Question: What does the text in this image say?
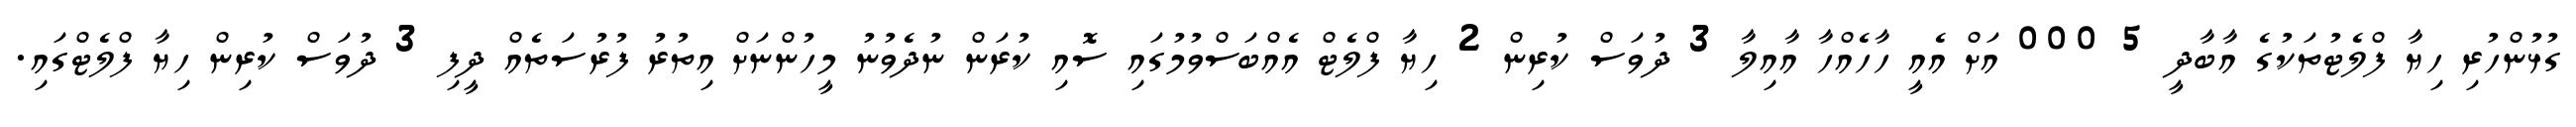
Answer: ގުޅުންހުރި ހިޔާ ފްލެޓުތަކުގެ އާބާދީ 5 000 އަށް އެއީ ހާހެއްހާ އާއިލާ 3 ދުވަސް ކުރިން 2 ހިޔާ ފްލެޓް އެއްބަސްވުމުގައި ސޮއި ކުރަން ނުދެވުނު މީހުންނަށް އިތުރު ފުރުސަތެއް ދީފި 3 ދުވަސް ކުރިން ހިޔާ ފްލެޓްގައި.